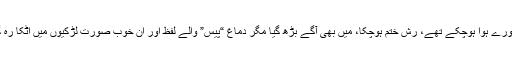
بھنورے ہوا ہوچکے تھے، رش ختم ہوچکا، میں بھی آگے بڑھ گیا مگر دماغ “پیس” والے لفظ اور ان خوب صورت لڑکیوں میں اٹکا رہ گیا۔